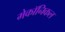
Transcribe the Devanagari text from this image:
मेकॉनिकल